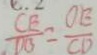
\frac { C E } { D B } = \frac { O E } { C D }